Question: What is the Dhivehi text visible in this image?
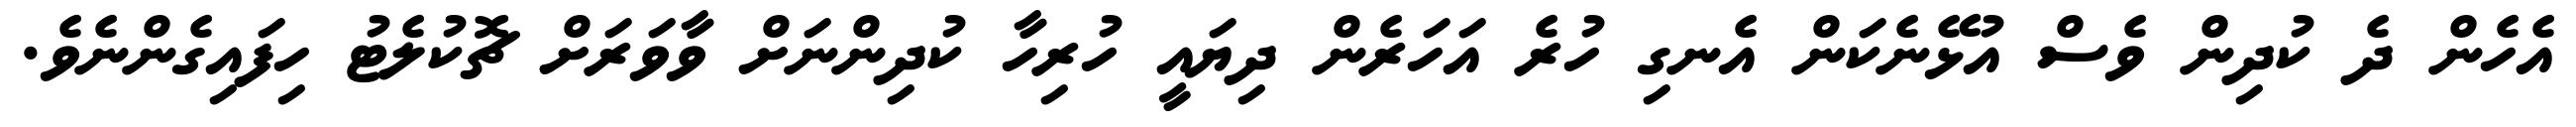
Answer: އެހެން ދެ ކުދިން ވެސް އުޅޭނެކަން އެނގި ހުރެ އަހަރެން ދިޔައީ ހުރިހާ ކުދިންނަށް ވާވަރަށް ޗޮކުލެޓު ހިފައިގެންނެވެ.